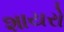
શાયરો